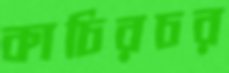
কাচিরচর